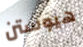
هيوستن